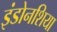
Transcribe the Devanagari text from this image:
इंडोनशिया